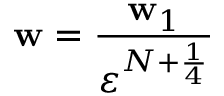
\mathbf { w } = \frac { \mathbf { w } _ { 1 } } { \varepsilon ^ { N + \frac { 1 } { 4 } } }